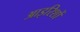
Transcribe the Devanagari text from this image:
आइरिशों